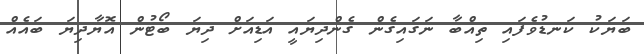
ބަޔަކު ކަނޑުވެފައި ތިއްބާ ނަގައިގެން ގެންދިޔައީ އަޑިއަށް ދިޔަ ބޯޓުން އޮޔާދިޔަ ބައެއް